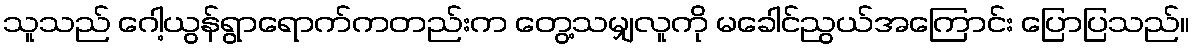
သူသည် ဂေါ့ယွန်ရွာရောက်ကတည်းက တွေ့သမျှလူကို မခေါင်ညွယ်အကြောင်း ပြောပြသည်။